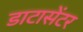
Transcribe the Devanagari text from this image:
डाटासेंटर